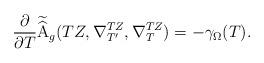
LaTeX: \begin{align*}\frac{\partial}{\partial T}\widetilde{\mathrm{\widehat{A}}}_g(TZ, \nabla_{T'}^{TZ},\nabla^{TZ}_T)=-\gamma_{\Omega}(T).\end{align*}